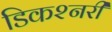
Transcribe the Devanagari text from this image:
डिकश्नरी